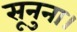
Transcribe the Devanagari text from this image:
सूनुना।